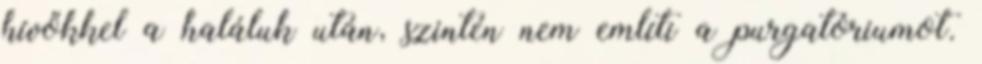
hívőkkel a haláluk után, szintén nem említi a purgatóriumot.